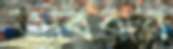
তবিবার